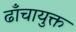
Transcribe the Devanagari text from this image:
ढाँचायुक्त